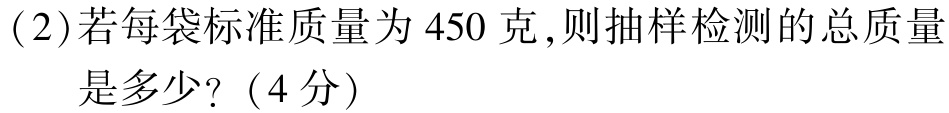
(2)若每袋标准质量为 450 克,则抽样检测的总质量
是多少?（4分）